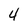
Character: 4